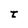
Character: t